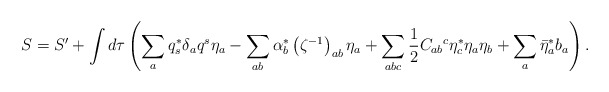
\begin{align*}S = S' + \int d\tau \left( \sum_a q_s^* \delta_a q^s \eta_a - \sum_{ab} \alpha^*_b \left(\zeta^{-1}\right)_{ab} \eta_a + \sum_{abc} \frac{1}{2} C_{ab}{}^c \eta^*_c \eta_a\eta_b + \sum_a \bar{\eta}^*_a b_a \right) .\end{align*}